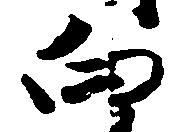
向